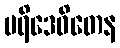
ပရိဒေဝိတေန